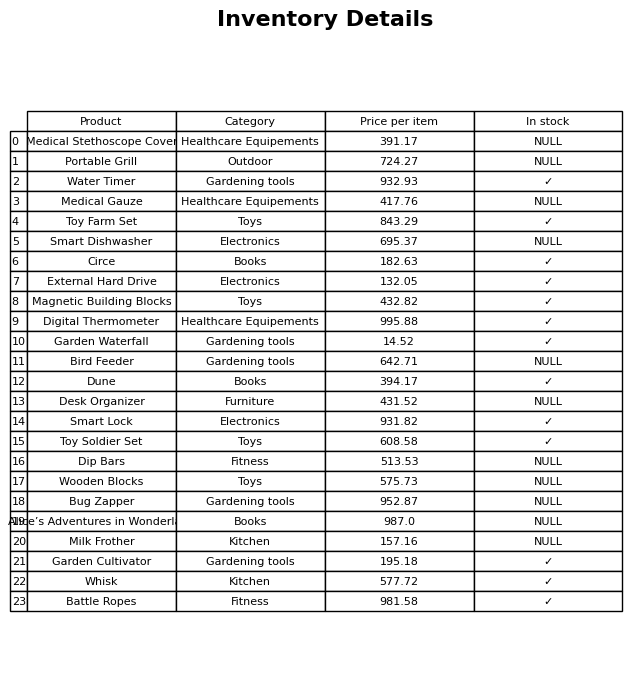
question: What is the price of the Portable Grill?
answer: The price of Portable Grill is 724.27.